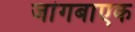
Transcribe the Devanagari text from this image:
जांगबाएक